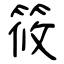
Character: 筱